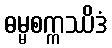
ဓမ္မစက္ကဿိဒံ